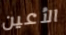
الأعين